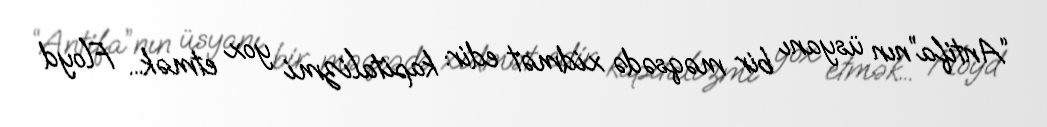
“Antifa”nın üsyanı bir məqsədə xidmət edir: kapitalizmi yox etmək... Floyd